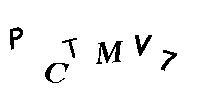
PCTMV7